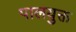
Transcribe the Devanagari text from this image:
पालयुक्त